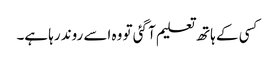
کسی کے ہاتھ تعلیم آ گئی تو وہ اسے روند رہا ہے۔